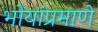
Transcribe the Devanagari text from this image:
भोयांप्रमाणे